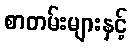
စာတမ်းများနှင့်